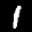
Label: 1